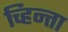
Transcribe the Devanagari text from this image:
च्हिन्ता